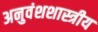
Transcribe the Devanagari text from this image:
अनुवंशशास्त्रीय